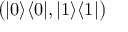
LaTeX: { \big ( } | 0 \rangle \langle 0 | , | 1 \rangle \langle 1 | { \big ) }